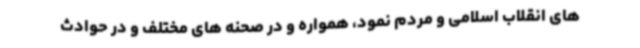
های انقلاب اسلامی و مردم نمود، همواره و در صحنه های مختلف و در حوادث